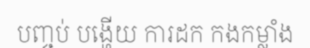
បញ្ចប់ បង្ហើយ ការដក កងកម្លាំង